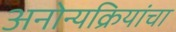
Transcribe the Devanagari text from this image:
अनोन्यक्रियांचा